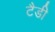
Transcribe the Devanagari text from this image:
टैडी